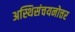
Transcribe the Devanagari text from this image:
अस्थिसंचयनोत्तर